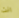
انت